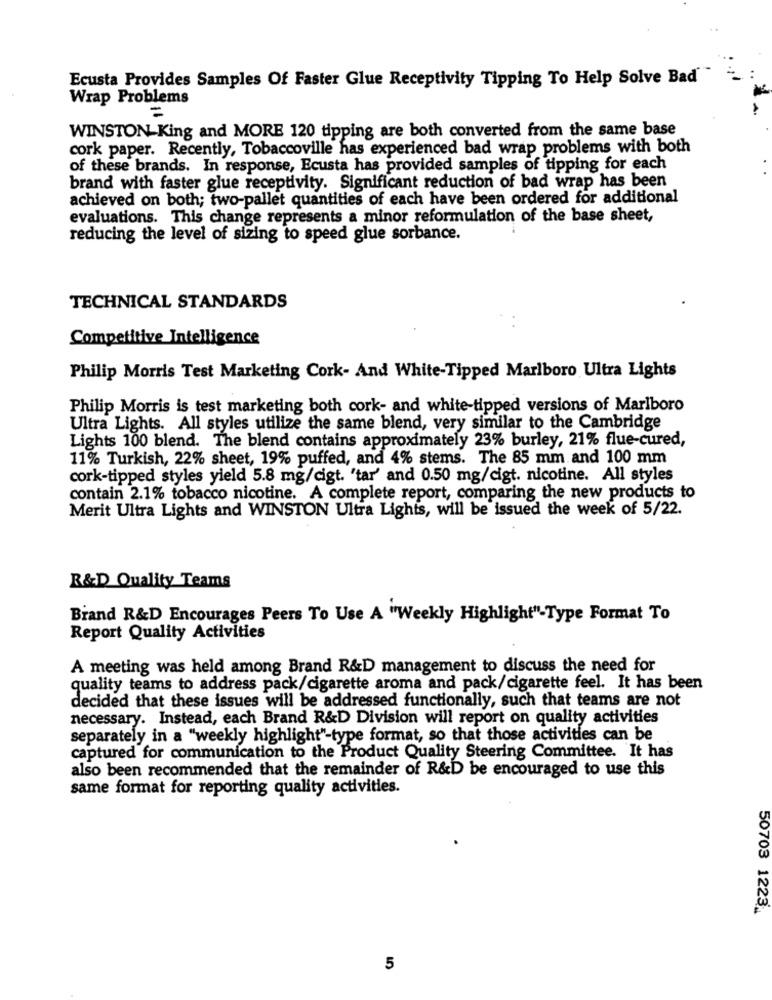
Ecusta Provides Samples Of Faster Glue Receptivity Tipping To Help Solve Bad
Wrap Problems
=
WINSTON-King and MORE 120 tipping are both converted from the same base
cork paper. Recently, Tobaccoville has experienced bad wrap problems with both
of these brands. In response, Ecusta has provided samples of tipping for each
brand with faster glue receptivity. Significant reduction of bad wrap has been
achieved on both; two-pallet quantities of each have been ordered for additional
evaluations. This change represents a minor reformulation of the base sheet,
reducing the level of sizing to speed glue sorbance.
TECHNICAL STANDARDS
Competitive Intelligence
Philip Morris Test Marketing Cork- And White-Tipped Marlboro Ultra Lights
Philip Morris is test marketing both cork- and white-tipped versions of Marlboro
Ultra Lights. All styles utilize the same blend, very similar to the Cambridge
Lights 100 blend. The blend contains approximately 23% burley, 21% flue-cured,
11% Turkish, 22% sheet, 19% puffed, and 4% stems. The 85 mm and 100 mm
cork-tipped styles yield 5.8 mg/cigt. "tar' and 0.50 mg/cigt. nicotine. All styles
contain 2.1% tobacco nicotine. A complete report, comparing the new products to
Merit Ultra Lights and WINSTON Ultra Lights, will be issued the week of 5/22.
R&D Quality Teams
Brand R&D Encourages Peers To Use A "Weekly Highlight"-Type Format To
Report Quality Activities
A meeting was held among Brand R&D management to discuss the need for
quality teams to address pack/cigarette aroma and pack/cigarette feel. It has been
decided that these issues will be addressed functionally, such that teams are not
necessary. Instead, each Brand R&D Division will report on quality activities
separately in a "weekly highlight"-type format, so that those activities can be
captured for communication to the Product Quality Steering Committee. It has
also been recommended that the remainder of R&D be encouraged to use this
same format for reporting quality activities.
50703 1223.
5